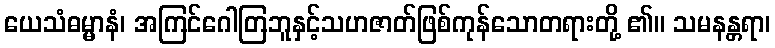
ယေသံဓမ္မာနံ၊ အကြင်ဂေါတြဘူနှင့်သဟဇာတ်ဖြစ်ကုန်သောတရားတို့ ၏။ သမနန္တရာ၊